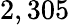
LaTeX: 2,305